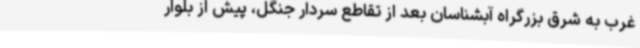
غرب به شرق بزرگراه آبشناسان بعد از تقاطع سردار جنگل، پیش از بلوار